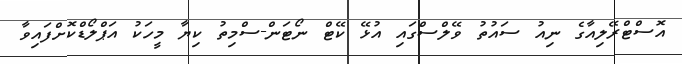
އޮސްޓްރޭލިއާގެ ނިއު ސައުތު ވޭލްސްގައި އުޅޭ ކޭޓް ނޯޓަން-ސްމިތު ކިޔާ މީހަކު އަޕްލޯޑްކޮށްފައިވާ